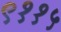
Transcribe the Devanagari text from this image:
९११५